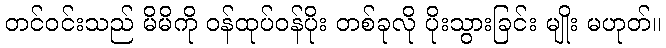
တင်ဝင်းသည် မိမိကို ဝန်ထုပ်ဝန်ပိုး တစ်ခုလို ပိုးသွားခြင်း မျိုး မဟုတ်။